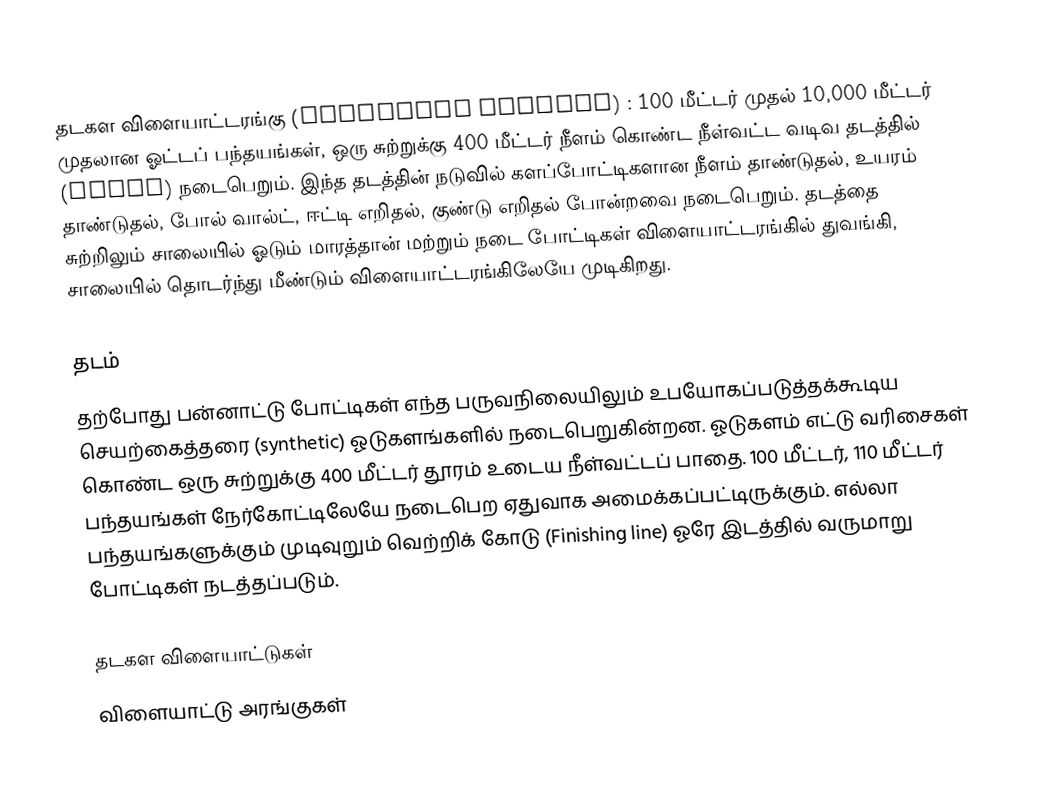
தடகள விளையாட்டரங்கு (Athlectic Stadium) : 100 மீட்டர் முதல் 10,000 மீட்டர் முதலான ஓட்டப் பந்தயங்கள், ஒரு சுற்றுக்கு 400 மீட்டர் நீளம் கொண்ட நீள்வட்ட வடிவ தடத்தில் (Track) நடைபெறும். இந்த தடத்தின் நடுவில் களப்போட்டிகளான நீளம் தாண்டுதல், உயரம் தாண்டுதல், போல் வால்ட், ஈட்டி எறிதல், குண்டு எறிதல் போன்றவை நடைபெறும். தடத்தை சுற்றிலும் சாலையில் ஓடும் மாரத்தான் மற்றும் நடை போட்டிகள் விளையாட்டரங்கில் துவங்கி, சாலையில் தொடர்ந்து மீண்டும் விளையாட்டரங்கிலேயே முடிகிறது.

தடம்
தற்போது பன்னாட்டு போட்டிகள் எந்த பருவநிலையிலும் உபயோகப்படுத்தக்கூடிய செயற்கைத்தரை (synthetic) ஓடுகளங்களில் நடைபெறுகின்றன. ஓடுகளம் எட்டு வரிசைகள் கொண்ட ஒரு சுற்றுக்கு 400 மீட்டர் தூரம் உடைய நீள்வட்டப் பாதை. 100 மீட்டர், 110 மீட்டர் பந்தயங்கள் நேர்கோட்டிலேயே நடைபெற ஏதுவாக அமைக்கப்பட்டிருக்கும். எல்லா பந்தயங்களுக்கும் முடிவுறும் வெற்றிக் கோடு (Finishing line) ஓரே இடத்தில் வருமாறு போட்டிகள் நடத்தப்படும்.

தடகள விளையாட்டுகள்
விளையாட்டு அரங்குகள்